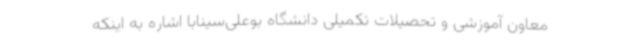
معاون آموزشی و تحصیلات تکمیلی دانشگاه بوعلی‌سینابا اشاره به اینکه